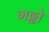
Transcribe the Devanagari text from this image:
गढ्ढो